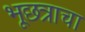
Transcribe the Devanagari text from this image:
भूछत्राचा